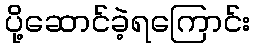
ပို့ဆောင်ခဲ့ရကြောင်း